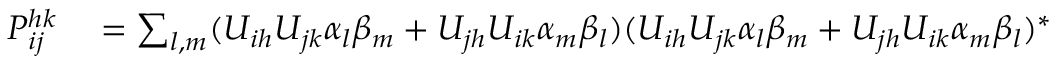
\begin{array} { r l } { P _ { i j } ^ { h k } } & { { } = \sum _ { l , m } ( U _ { i h } U _ { j k } \alpha _ { l } \beta _ { m } + U _ { j h } U _ { i k } \alpha _ { m } \beta _ { l } ) ( U _ { i h } U _ { j k } \alpha _ { l } \beta _ { m } + U _ { j h } U _ { i k } \alpha _ { m } \beta _ { l } ) ^ { * } } \end{array}